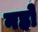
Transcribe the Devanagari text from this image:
नहो